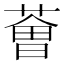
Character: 𦸥